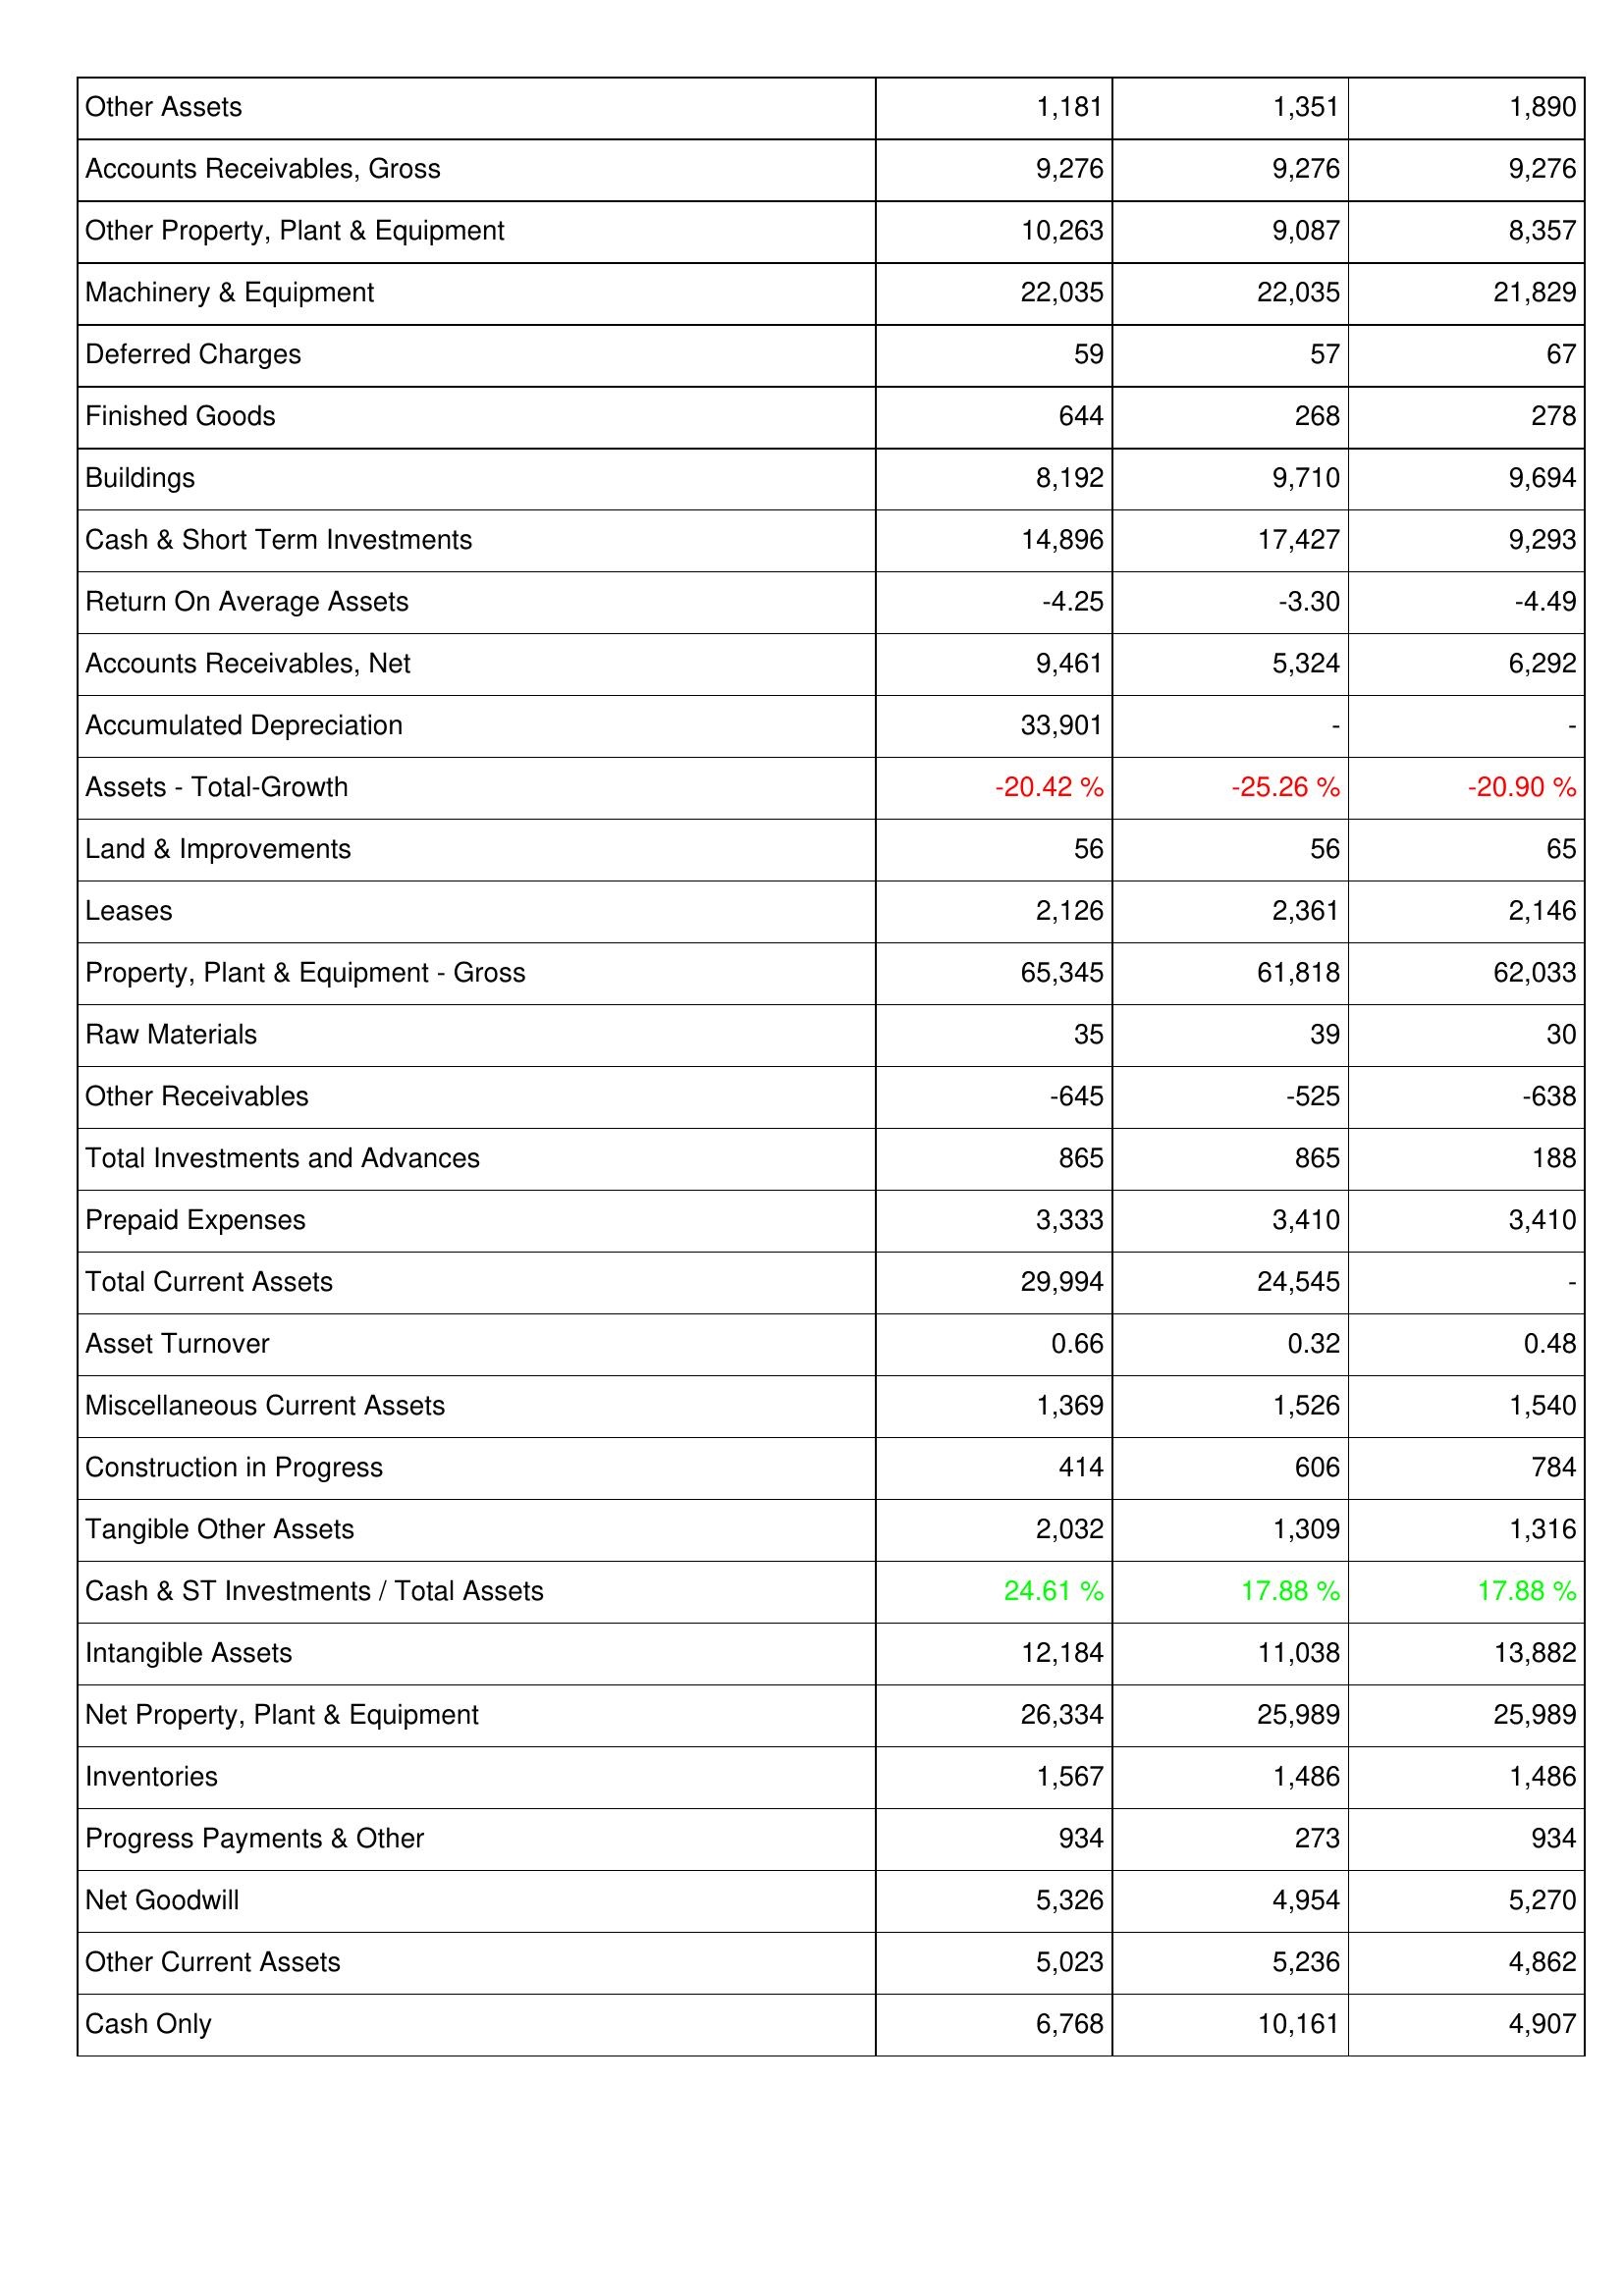
2006: Assets: Other Assets: 1,181
Accounts Receivables, Gross: 9,276
Other Property, Plant & Equipment: 10,263
Machinery & Equipment: 22,035
Deferred Charges: 59
Finished Goods: 644
Buildings: 8,192
Cash & Short Term Investments: 14,896
Return On Average Assets: -4.25
Accounts Receivables, Net: 9,461
Accumulated Depreciation: 33,901
Assets - Total-Growth: -20.42 %
Land & Improvements: 56
Leases: 2,126
Property, Plant & Equipment - Gross: 65,345
Raw Materials: 35
Other Receivables: -645
Total Investments and Advances: 865
Prepaid Expenses: 3,333
Total Current Assets: 29,994
Asset Turnover: 0.66
Miscellaneous Current Assets: 1,369
Construction in Progress: 414
Tangible Other Assets: 2,032
Cash & ST Investments / Total Assets: 24.61 %
Intangible Assets: 12,184
Net Property, Plant & Equipment: 26,334
Inventories: 1,567
Progress Payments & Other: 934
Net Goodwill: 5,326
Other Current Assets: 5,023
Cash Only: 6,768
2007: Assets: Other Assets: 1,351
Accounts Receivables, Gross: 9,276
Other Property, Plant & Equipment: 9,087
Machinery & Equipment: 22,035
Deferred Charges: 57
Finished Goods: 268
Buildings: 9,710
Cash & Short Term Investments: 17,427
Return On Average Assets: -3.30
Accounts Receivables, Net: 5,324
Accumulated Depreciation: -
Assets - Total-Growth: -25.26 %
Land & Improvements: 56
Leases: 2,361
Property, Plant & Equipment - Gross: 61,818
Raw Materials: 39
Other Receivables: -525
Total Investments and Advances: 865
Prepaid Expenses: 3,410
Total Current Assets: 24,545
Asset Turnover: 0.32
Miscellaneous Current Assets: 1,526
Construction in Progress: 606
Tangible Other Assets: 1,309
Cash & ST Investments / Total Assets: 17.88 %
Intangible Assets: 11,038
Net Property, Plant & Equipment: 25,989
Inventories: 1,486
Progress Payments & Other: 273
Net Goodwill: 4,954
Other Current Assets: 5,236
Cash Only: 10,161
2008: Assets: Other Assets: 1,890
Accounts Receivables, Gross: 9,276
Other Property, Plant & Equipment: 8,357
Machinery & Equipment: 21,829
Deferred Charges: 67
Finished Goods: 278
Buildings: 9,694
Cash & Short Term Investments: 9,293
Return On Average Assets: -4.49
Accounts Receivables, Net: 6,292
Accumulated Depreciation: -
Assets - Total-Growth: -20.90 %
Land & Improvements: 65
Leases: 2,146
Property, Plant & Equipment - Gross: 62,033
Raw Materials: 30
Other Receivables: -638
Total Investments and Advances: 188
Prepaid Expenses: 3,410
Total Current Assets: -
Asset Turnover: 0.48
Miscellaneous Current Assets: 1,540
Construction in Progress: 784
Tangible Other Assets: 1,316
Cash & ST Investments / Total Assets: 17.88 %
Intangible Assets: 13,882
Net Property, Plant & Equipment: 25,989
Inventories: 1,486
Progress Payments & Other: 934
Net Goodwill: 5,270
Other Current Assets: 4,862
Cash Only: 4,907